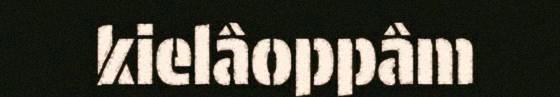
kielâoppâm